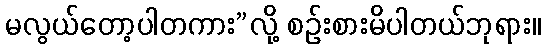
မလွယ်တော့ပါတကား”လို့ စဉ်းစားမိပါတယ်ဘုရား။